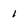
Character: 1